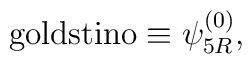
{\rm goldstino}\equiv\psi^{(0)}_{5R},